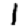
Digit: 1